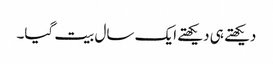
دیکھتے ہی دیکھتے ایک سال بیت گیا۔